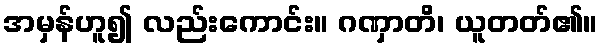
အမှန်ဟူ၍ လည်းကောင်း။ ဂဏှာတိ၊ ယူတတ်၏။